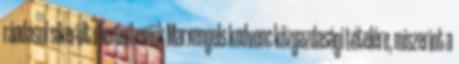
ráadásul sikerült ráerősíteniük Marxengels kedvenc közgazdasági tételére, miszerint a